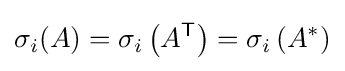
\sigma _{i}(A)=\sigma _{i}\left(A^{\textsf {T}}\right)=\sigma _{i}\left(A^{*}\right)